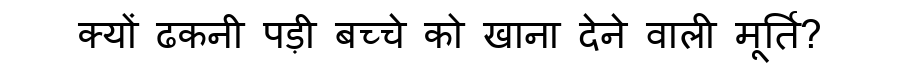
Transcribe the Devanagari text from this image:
क्यों ढकनी पड़ी बच्चे को खाना देने वाली मूर्ति?